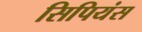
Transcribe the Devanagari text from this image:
सिपियंस